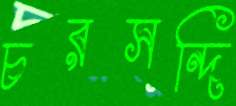
চরসন্দি